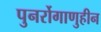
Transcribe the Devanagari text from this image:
पुनर्रोगाणुहीन